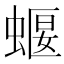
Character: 蝘